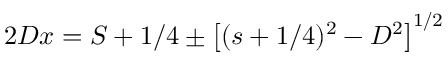
2 D x = S + 1 / 4 \pm \left[ ( s + 1 / 4 ) ^ { 2 } - D ^ { 2 } \right] ^ { 1 / 2 }